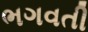
ભગવતી